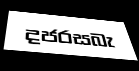
දජරසබැ